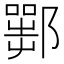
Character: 𨞍